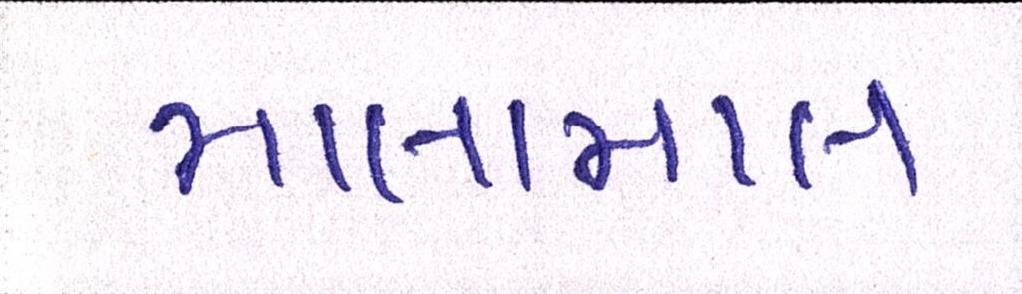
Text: માલામાલ